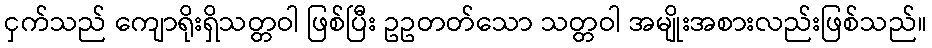
ငှက်သည် ကျောရိုးရှိသတ္တဝါ ဖြစ်ပြီး ဥဥတတ်သော သတ္တဝါ အမျိုးအစားလည်းဖြစ်သည်။